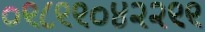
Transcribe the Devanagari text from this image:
०९८९९०४२२९९